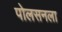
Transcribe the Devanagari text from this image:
पोलसनला